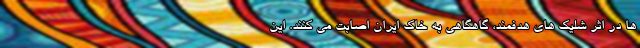
ها در اثر شلیک های هدفمند، گاهگاهی به خاک ایران اصابت می کنند. این